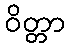
ဝိတ္တာ